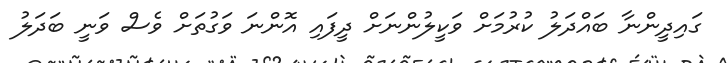
ގައިދީންނާ ބައްދަލު ކުރުމަށް ވަކީލުންނަށް ދީފައި އޮންނަ ވަގުތަށް ވެސް ވަނީ ބަދަލު